Veterinary regulations India, 1935 -
Year: 1935
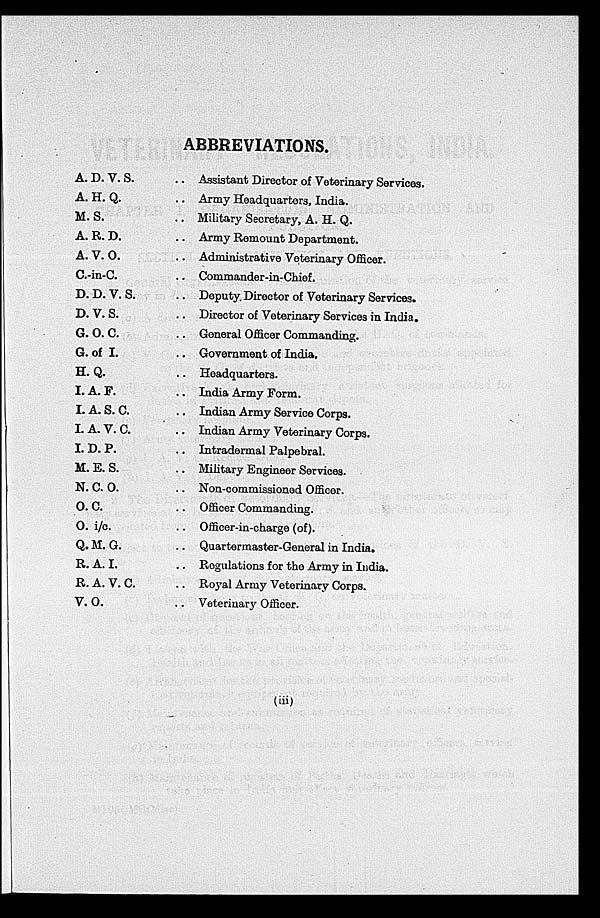
ABBREVIATIONS.
A. D. V. S.
A. H. Q.
M. S.
A. R. D.
A. V. O.
C.-in-C.
D. D. V. S.
D. V. S.
G. O. C.
G. of I.
H. Q.
I. A. F.
I. A. S. C.
I. A. V. C.
I. D. P.
M. E. S.
N. C. O.
O. C.
O. 1/c.
Q. M. G.
R. A. I.
R. A. V. C.
V. O.
.. Assistant Director of Veterinary Services.
.. Army Headquarters, India.
.. Military Secretary, A. H. Q.
.. Army Remount Department.
.. Administrative Veterinary Officer.
.. Commander-in-Chief.
.. Deputy, Director of Veterinary Services.
.. Director of Veterinary Services in India.
.. General Officer Commanding.
.. Government of India,
.. Headquarters.
.. India Army Form.
.. Indian Army Service Corps.
.. Indian Army Veterinary Corps.
.. Intradermal Palpebral.
.. Military Engineer Services.
.. Non-commissioned Officer.
.. Officer Commanding.
.. Officer-in-charge (of).
.. Quartermaster-General in India.
.. Regulations for the Army in India.
.. Royal Army Veterinary Corps.
.. Veterinary Officer.
(iii)